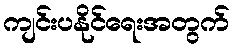
ကျင်းပနိုင်ရေးအတွက်